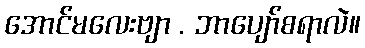
အောင်မလေးဗျာ . ဘာပျော်စရာလဲ။